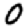
Digit: 0